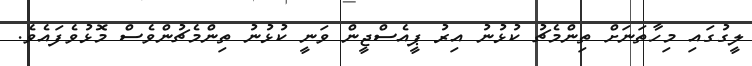
ލީގުގައި މިހާތަނަށް ތިންމެޗު ކުޅުނު އިރު ޕީއެސްޖީން ވަނީ ކުޅުނު ތިންމެޗުންވެސް މޮޅުވެފައެވެ.